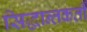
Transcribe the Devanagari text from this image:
सिद्धान्तकर्ती